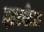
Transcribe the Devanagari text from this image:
झरबेला